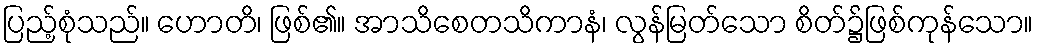
ပြည့်စုံသည်။ ဟောတိ၊ ဖြစ်၏။ အာသိစေတသိကာနံ၊ လွန်မြတ်သော စိတ်၌ဖြစ်ကုန်သော။